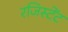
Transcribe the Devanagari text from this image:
रजिस्टेंट